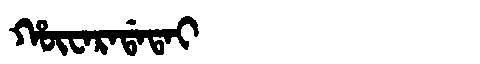
Manchu: ᡥᡡᠸᠠᡵᠠᡩᠠᡨᠠᡳ
Romanization: HŪWARADATAI